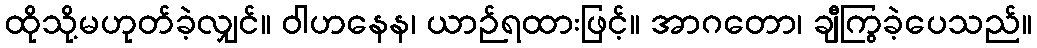
ထိုသို့မဟုတ်ခဲ့လျှင်။ ဝါဟနေန၊ ယာဉ်ရထားဖြင့်။ အာဂတော၊ ချီကြွခဲ့ပေသည်။